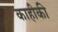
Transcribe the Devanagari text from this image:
काहीकी